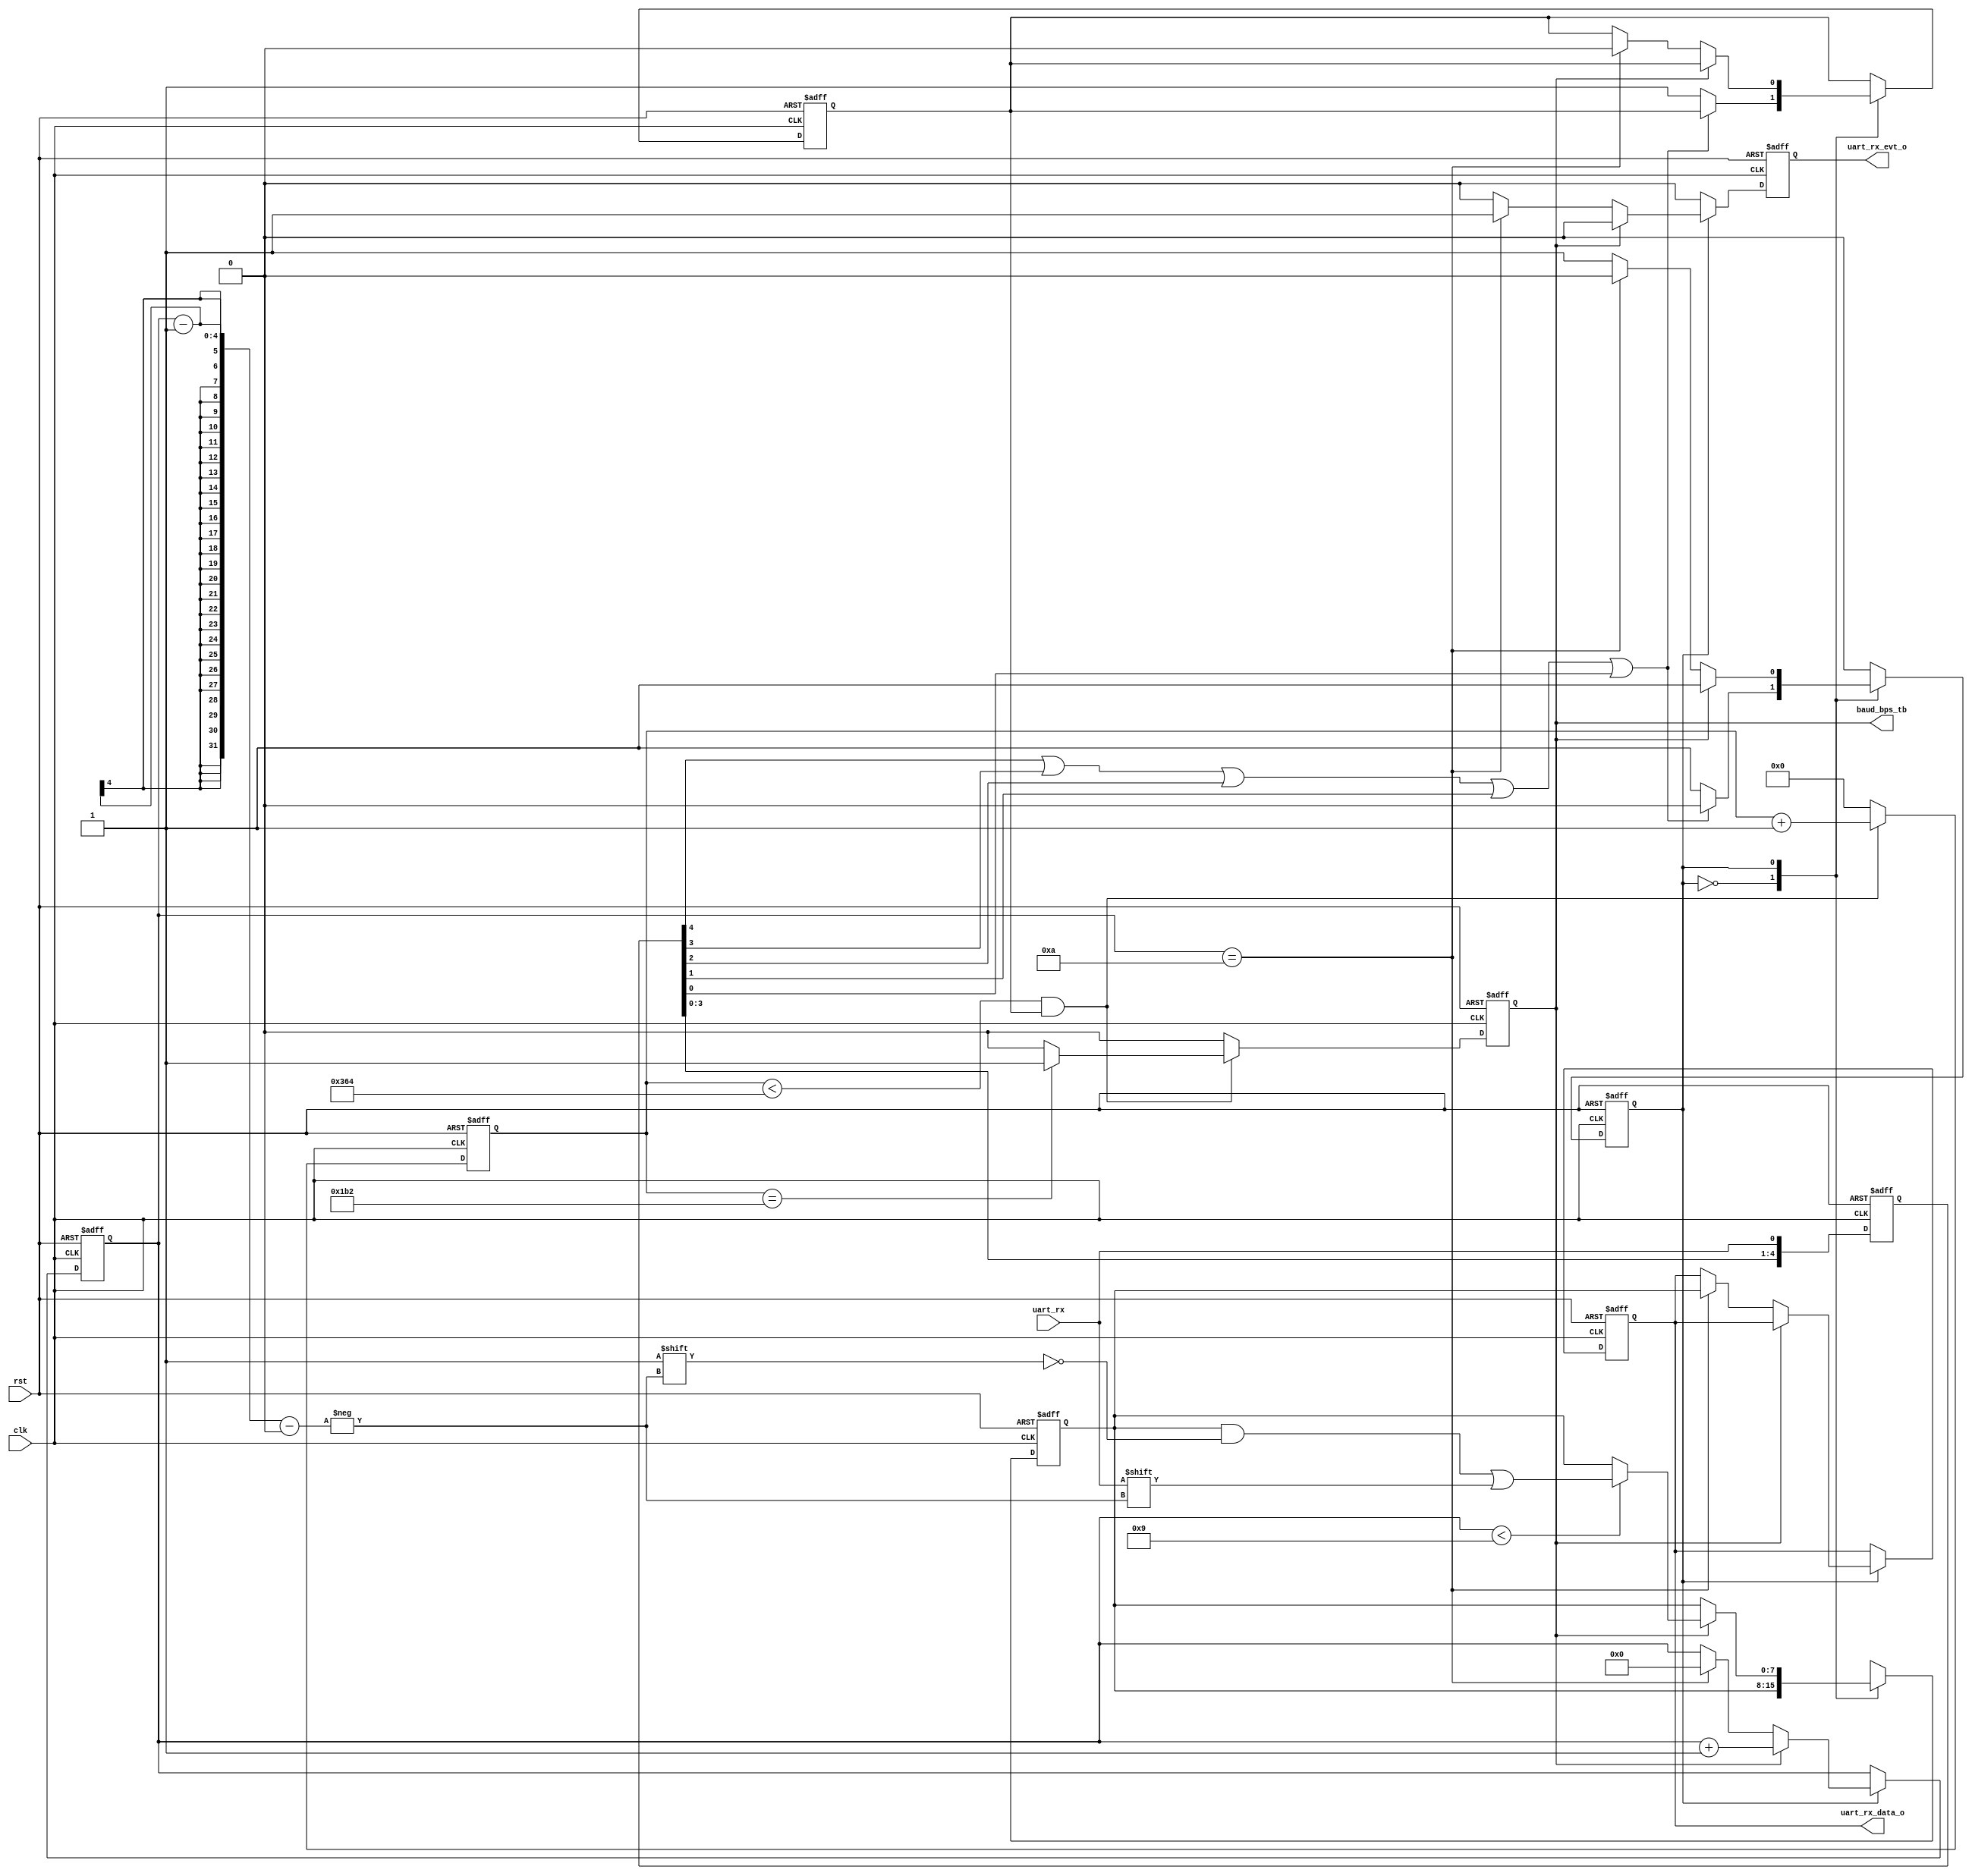
/*********************************
File_name:      uart_rx.v
Project_name:   tb_uart
Author:         Weitao Zhao
Function:
            uart receive driver





version: 0.0


log:    2021.05.08 create file v0.0


********************************/
module uart_rx # (
    parameter MODULE_CLK_RATE   = 32'd100000000 , // user clock rate,default: 100 MHz
    parameter UART_BAUDCLK_RATE = 32'd115200      // spi  baud  rate,default: 115200 Hz
)
(
    input               clk                     , 
    input               rst                     , 
    input               uart_rx                 , 
    output              uart_rx_evt_o           , 
    output    [07:00]   uart_rx_data_o          , 
    output              baud_bps_tb              // for simulation
 );
 
    localparam BAUD_DIV     = MODULE_CLK_RATE / UART_BAUDCLK_RATE; // baud clock, 115200bps100Mhz/115200=868
    localparam BAUD_DIV_CAP = BAUD_DIV / 2;                        // half point of baud clock, 100Mhz/115200/2=434
    
    
    //------------------------counter control -------------------------------
    reg [13:0] baud_div;                            // 
    reg        baud_bps;                            // 
    reg        bps_start;                           // 
    always@(posedge clk or posedge rst) begin
        if(rst) begin
            baud_div <= 0;
            baud_bps <= 0;
        end else begin
            baud_bps <= 0;
            baud_div <= 0;
            if(baud_div < BAUD_DIV && bps_start) begin
                baud_div <= baud_div + 1'b1;
                baud_bps <= 0;
                if(baud_div == BAUD_DIV_CAP) begin
                    baud_bps <= 1'b1;
                end
            end
        end
    end


    reg [4:0] uart_rx_i_r;                // 
    always@(posedge clk or posedge rst) begin
        if(rst) begin
            uart_rx_i_r <= 5'b11111;
        end else begin
            uart_rx_i_r<={uart_rx_i_r[3:0],uart_rx};
        end
    end
    // When five low levels are received continuously, that is, when uart_rx_int=0, it is regarded as the start signal received
    wire uart_rx_int = uart_rx_i_r[4] | uart_rx_i_r[3] | uart_rx_i_r[2] | uart_rx_i_r[1] | uart_rx_i_r[0];


    //------------------------ data receive ----------------------------------------
    reg [03:00] bit_num;          // 
    reg         uart_rx_done_r;   // 
    reg         state;

    reg [07:00] uart_rx_data_o_r0=0; // 
    reg [07:00] uart_rx_data_o_r1=0; // 
    always@(posedge clk or posedge rst) begin
        if(rst) begin
            uart_rx_done_r <= 0;
            bps_start      <= 0;    
            state          <= 1'b0;
            bit_num        <= 0;
            uart_rx_data_o_r0 <= 0;
            uart_rx_data_o_r1 <= 0;
        end else begin
            uart_rx_done_r <= 1'b0;
            case(state)
            1'b0 :
            begin
                if(!uart_rx_int) begin
                    bps_start <= 1'b1;
                    state     <= 1'b1;
                end
            end
            1'b1 :
            begin           
                if(baud_bps) begin
                    bit_num <= bit_num + 1'b1;
                    if( bit_num<4'd9 ) begin
                        uart_rx_data_o_r0[bit_num-1] <= uart_rx;
                    end
                end else if(bit_num==4'd10) begin
                    bit_num           <= 0;
                    uart_rx_done_r    <= 1'b1;
                    uart_rx_data_o_r1 <= uart_rx_data_o_r0;
                    state             <= 1'b0; // 
                    bps_start         <= 0;
                end
            end
            default:;
            endcase
        end
    end

    assign baud_bps_tb    = baud_bps;//for simulation
    assign uart_rx_data_o = uart_rx_data_o_r1;
    assign uart_rx_evt_o  = uart_rx_done_r;


endmodule